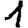
Digit: 1